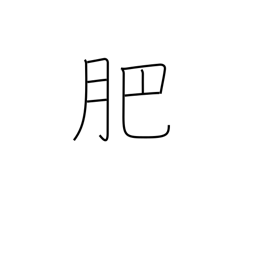
Meaning: manure